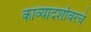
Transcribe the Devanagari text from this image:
काव्यादर्शावरचे